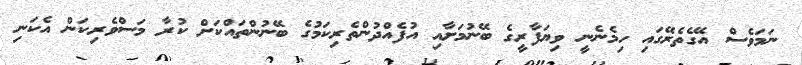
ނަމަވެސް އޭގެތެރޭގައި ހިމެނެނީ ވިޔަފާރީގެ ބޭނުމަށާއި އުފެއްދުންތެރިކަމުގެ ބޭނުންތައްކަށް ކުރާ މަސްވެރިކަން އެކަނި